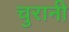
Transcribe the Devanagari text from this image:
चुरानी